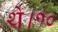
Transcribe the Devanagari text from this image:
थे।१०